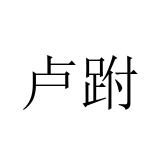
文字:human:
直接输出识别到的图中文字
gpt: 卢跗